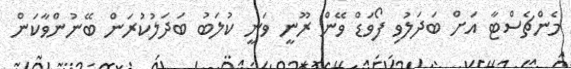
މެންޗެސްޓާ އަށް ބަދަލުވި ފޯވަޑް ވޭން ރޫނީ ވަނީ ކުލަބު ބަދަލުކުރަން ބޭނުންވާކަން